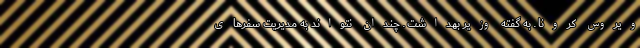
ویروس کرونا ـ به گفته وزیر بهداشت ـ چندان نتواند به مدیریت سفرهای